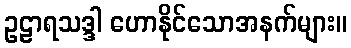
ဥဠာရသဒ္ဒါ ဟောနိုင်သောအနက်များ။